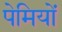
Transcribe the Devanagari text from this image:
पेमियों